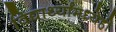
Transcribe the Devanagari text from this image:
विद्यार्थ्यांमध्येही